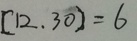
[ 1 2 . 3 0 ] = 6